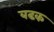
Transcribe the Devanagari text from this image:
बढक